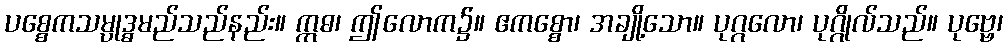
ပစ္စေကသမ္ပုဒ္ဓမည်သည်နည်း။ ဣဓ၊ ဤလောက၌။ ဧကစ္စော၊ အချို့သော။ ပုဂ္ဂလော၊ ပုဂ္ဂိုလ်သည်။ ပုဗ္ဗေ၊